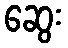
ဆွေး